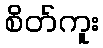
စိတ်ကူး